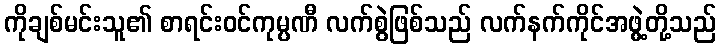
ကိုချစ်မင်းသူ၏ စာရင်းဝင်ကုမ္ပဏီ လက်စွဲဖြစ်သည် လက်နက်ကိုင်အဖွဲ့တို့သည်